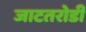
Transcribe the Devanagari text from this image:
जाटतरोडी